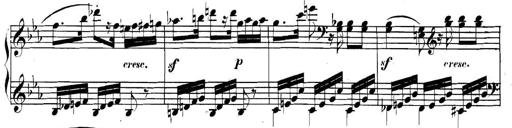
Title: Collected Piano Sonatas
Composer: Muzio Clementi